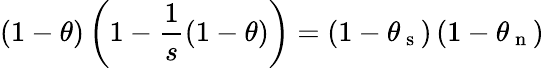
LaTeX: \left(1-\theta\right)\left(1-\frac{1}{s}\left(1-\theta\right)\right)=\left(1-\theta_{\mathrm{~s~}}\right)\left(1-\theta_{\mathrm{~n~}}\right)